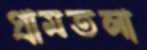
গ্রামতলা